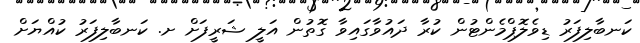
ކަނބާލިފަރު ޑިވެލޮޕްމެންޓުން ކުރާ ދައުވާގައިވާ ގޮތުން އަލީ ޝަރީފަށް ށ. ކަނބާލިފަރު ކުއްޔަށް